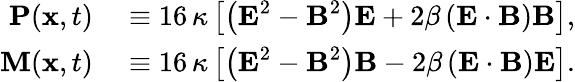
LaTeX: \begin{array}{rl}{\textbf{P}(\textbf{x},t)}&{{}\equiv 16\, \kappa\left[\left(\textbf{E}^{2}-\textbf{B}^{2}\right)\textbf{E}+2\beta\left(\textbf{E}\cdot\textbf{B}\right)\textbf{B}\right],}\\ {\textbf{M}(\textbf{x},t)}&{{}\equiv 16\, \kappa\left[\left(\textbf{E}^{2}-\textbf{B}^{2}\right)\textbf{B}-2\beta\left(\textbf{E}\cdot\textbf{B}\right)\textbf{E}\right].}\end{array}